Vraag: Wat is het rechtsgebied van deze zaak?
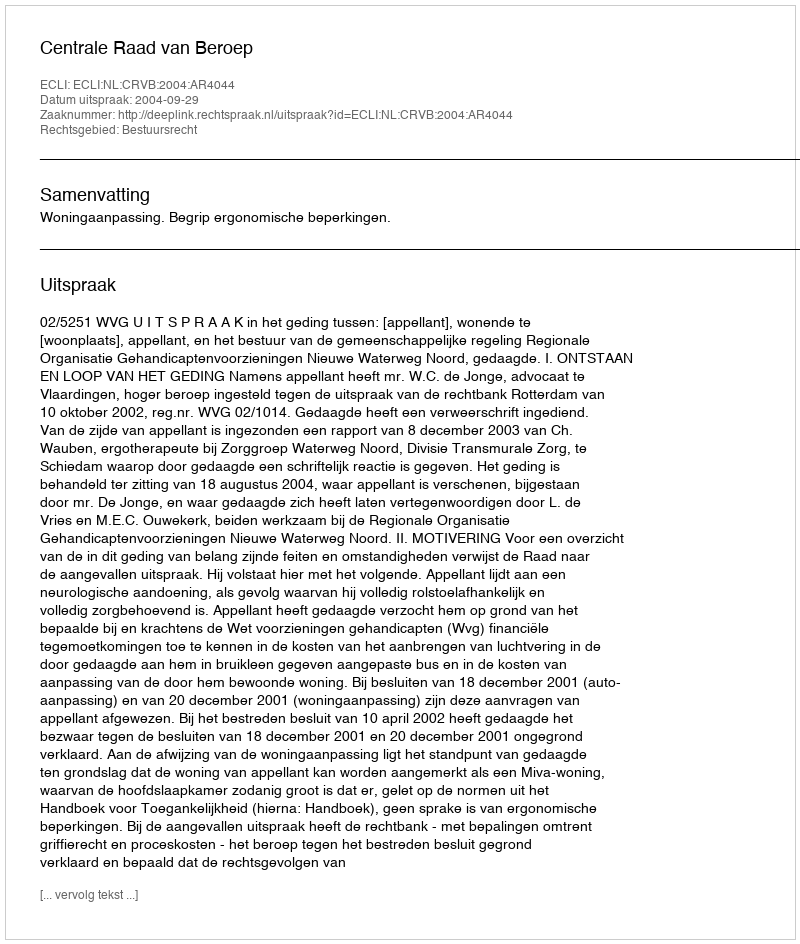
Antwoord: Bestuursrecht